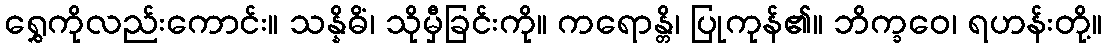
ရွှေကိုလည်းကောင်း။ သန္နိဓိံ၊ သိုမှီခြင်းကို။ ကရောန္တိ၊ ပြုကုန်၏။ ဘိက္ခဝေ၊ ရဟန်းတို့။